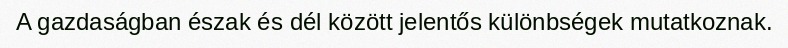
A gazdaságban észak és dél között jelentős különbségek mutatkoznak.